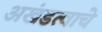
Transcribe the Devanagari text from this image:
अखंडत्वाचे